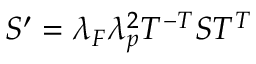
\begin{array} { r } { S ^ { \prime } = \lambda _ { F } \lambda _ { p } ^ { 2 } T ^ { - T } S T ^ { T } } \end{array}